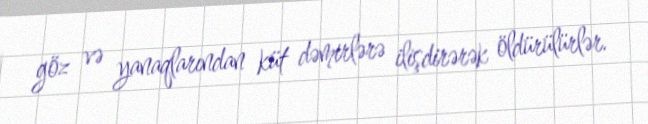
göz və yanaqlarından küt dəmirlərə ilişdirərək öldürülürlər.